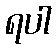
ရပါ